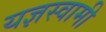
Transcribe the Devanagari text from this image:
यज्ञस्वामी